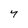
Character: 4